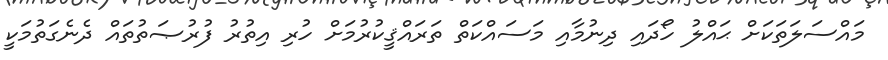
މައްސަލަތަކަށް ޙައްލު ހޯދައި ދިނުމާއި މަސައްކަތް ތަރައްޤީކުރުމަށް ހުރި އިތުރު ފުރުޞަތުތައް ދެނެގަތުމަކީ